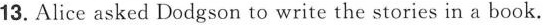
13. Alice asked Dodgson to write the stories in a book.